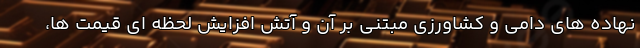
نهاده های دامی و کشاورزی مبتنی بر آن و آتش افزایش لحظه ای قیمت ها،